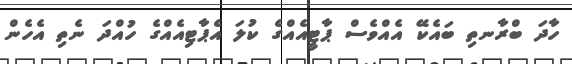
ހާދަ ބްރާނތި ބައެކޭ އެއްވެސް ޕާޓީއެއްގެ ކުލަ އެޕާޓިއެއްގެ ހުއްދަ ނެތި އެހެން